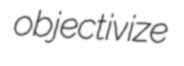
objectivize